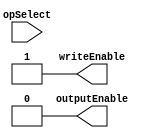
module OperationSelectDecoder(
		input 								opSelect,
		output reg 					  outputEnable,
		output reg 						writeEnable
    );

	always @ (*) begin
		if(opSelect) begin
			outputEnable = 0;
			writeEnable  = 1;
		end
		else begin
			outputEnable = 0;
			writeEnable  = 1;
		end
	end

endmodule